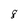
Character: 8